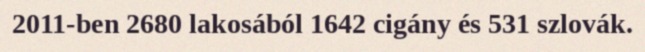
2011-ben 2680 lakosából 1642 cigány és 531 szlovák.